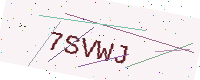
Text: 7SVWJ